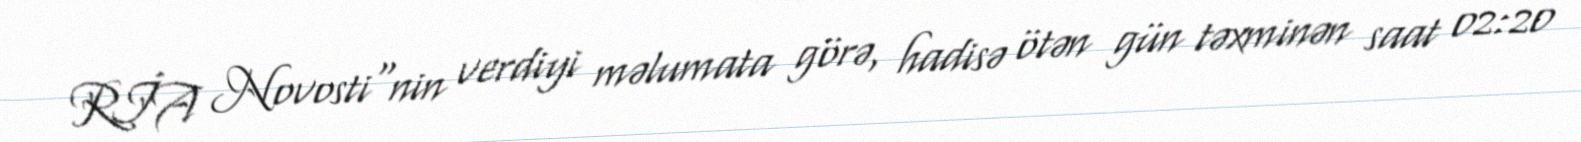
RİA Novosti"nin verdiyi məlumata görə, hadisə ötən gün təxminən saat 02:20